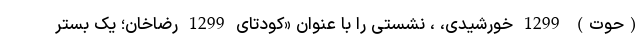
(حوت) 1299 خورشیدی، ، نشستی را با عنوان «کودتای 1299 رضاخان؛ یک بستر